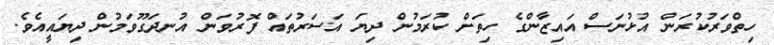
ހިތްވަރުކުރަން އުޅުނަސް އައިޒާންގެ ހިތަށް ކުރަމުން ދިޔަ އަސަރުތައް ފޮރުވަން އުނދަގޫވަމުން ދިޔައީއެވެ.